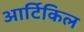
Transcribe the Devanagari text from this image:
आर्टिकिल